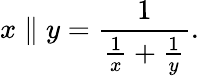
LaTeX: x\parallel y={\frac{1}{{\frac{1}{x}}+{\frac{1}{y}}}}.